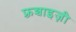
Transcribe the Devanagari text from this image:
फ़्रन्चाइज़ी